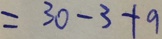
= 3 0 - 3 + 9